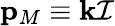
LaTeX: \mathbf{p}_{M}\equiv\mathbf{k}\mathcal{I}